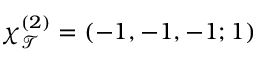
\chi _ { \mathcal { T } } ^ { ( 2 ) } = ( - 1 , - 1 , - 1 ; 1 )